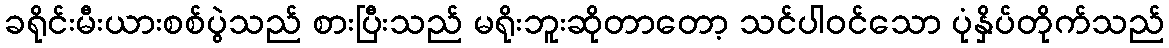
ခရိုင်းမီးယားစစ်ပွဲသည် စားပြီးသည် မရိုးဘူးဆိုတာတော့ သင်ပါဝင်သော ပုံနှိပ်တိုက်သည်